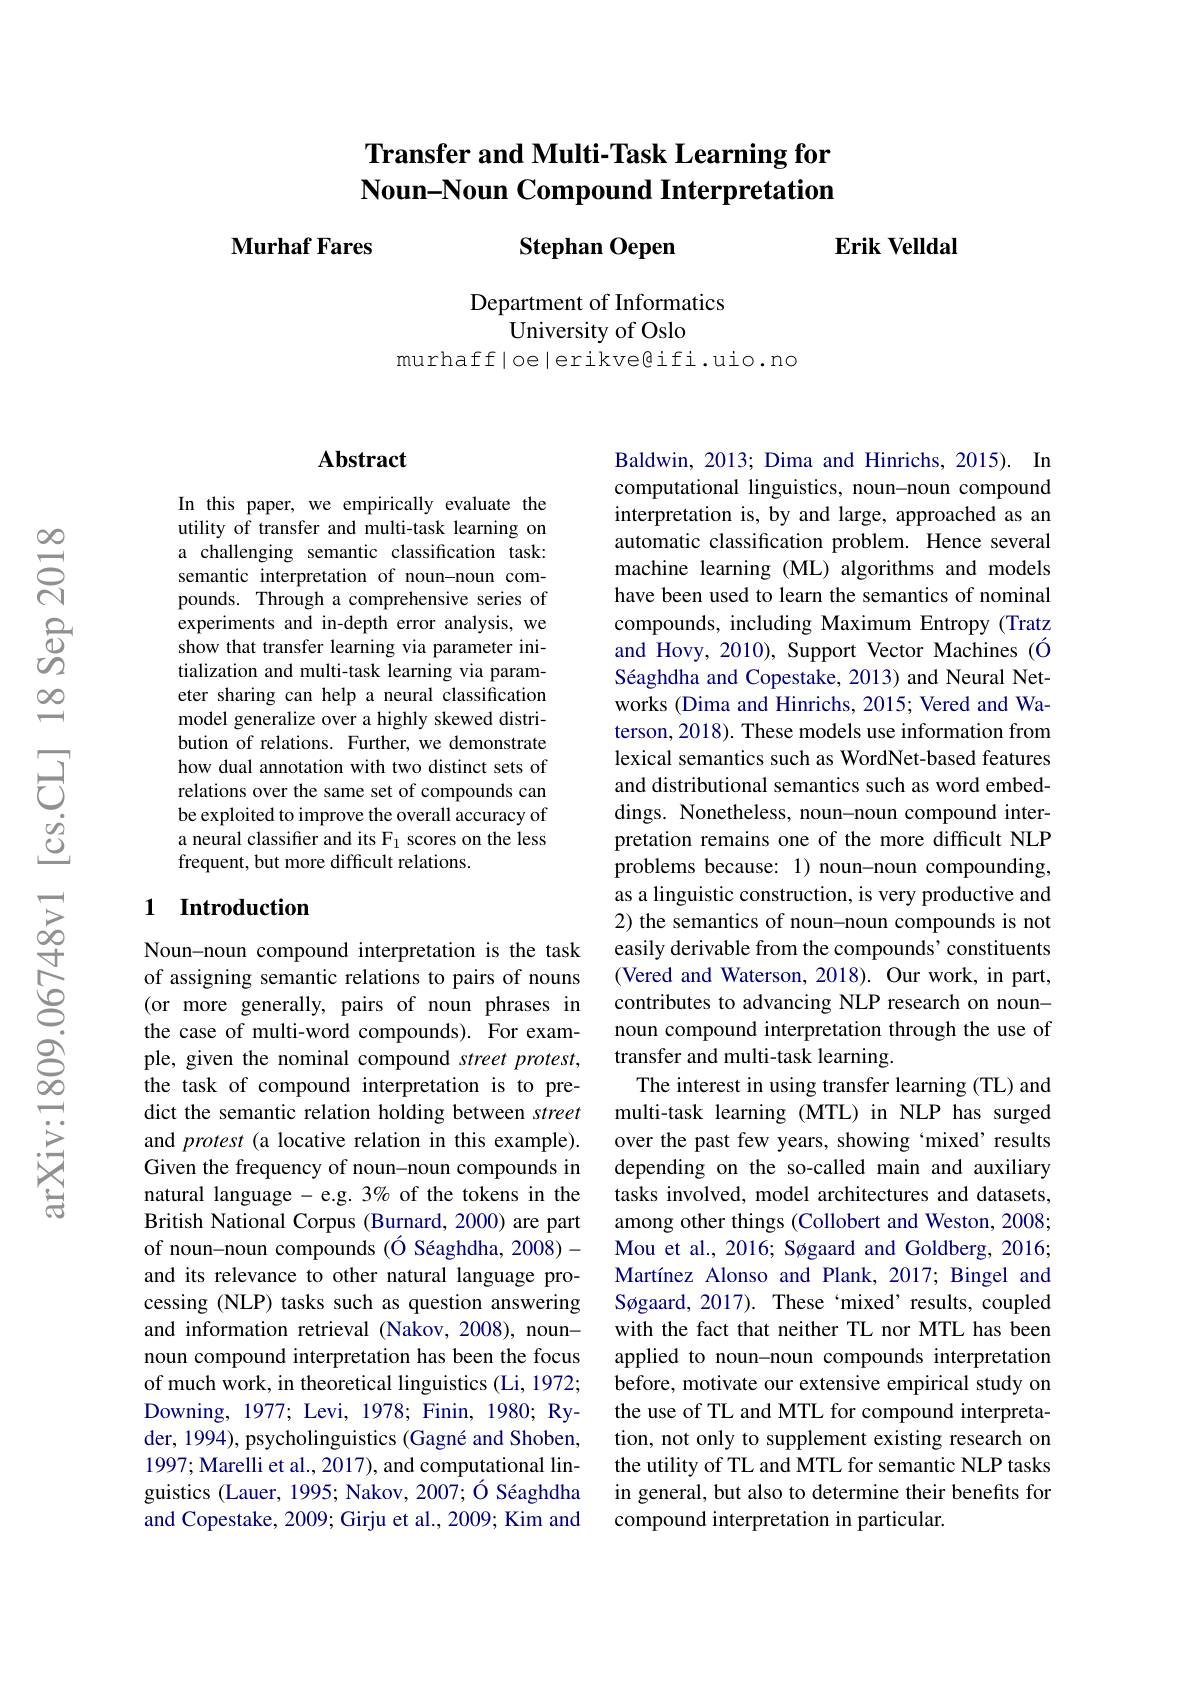
Transfer and Multi-Task Learning for Noun-Noun Compound Interpretation
### $\textbf{Erik Velldal}$ Murhaf Fares Stephan Oepen

Department of Informatics
University of Oslo
murhaff loelerikve@ifi.uio.no

### $\mathbf{Abstract}$

In this paper, we empirically evaluate the utility of transfer and multi-task learning on a challenging semantic classification task: semantic interpretation of noun-noun compounds. Through a comprehensive series of experiments and in-depth error analysis, we show that transfer learning via parameter initialization and multi-task learning via parameter sharing can help a neural classification model generalize over a highly skewed distribution of relations. Further, we demonstrate how dual annotation with two distinct sets of relations over the same set of compounds can be exploited to improve the overall accuracy of a neural classifier and its F$_{1}$ scores on the less frequent, but more difficult relations.

### 1 Introduction

Noun-noun compound interpretation is the task of assigning semantic relations to pairs of nouns (or more generally, pairs of noun phrases in the case of multi-word compounds). For example, given the nominal compound street protest, the task of compound interpretation is to predict the semantic relation holding between street and protest (a locative relation in this example). Given the frequency of noun-noun compounds in natural language - e.g. 3% of the tokens in the British National Corpus (Burnard, 2000) are part of noun-noun compounds (Ó Séaghdha, 2008)- and its relevance to other natural language processing (NLP) tasks such as question answering and information retrieval (Nakov, 2008), nounnoun compound interpretation has been the focus of much work, in theoretical linguistics (Li, 1972; Downing, 1977; Levi, 1978; Finin, 1980; Ryder, 1994), psycholinguistics (Gagné and Shoben, 1997; Marelli et al., 2017), and computational linguistics (Lauer, 1995; Nakov, 2007; Ó Séaghdha and Copestake, 2009; Girju et al., 2009; Kim and

Baldwin, 2013; Dima and Hinrichs, 2015). In computational linguistics, noun-noun compound interpretation is, by and large, approached as an automatic classification problem. Hence several machine learning (ML) algorithms and models have been used to learn the semantics of nominal compounds, including Maximum Entropy (Tratz and Hovy, 2010), Support Vector Machines (Ó Séaghdha and Copestake, 2013) and Neural Networks (Dima and Hinrichs, 2015; Vered and Waterson, 2018). These models use information from lexical semantics such as WordNet-based features and distributional semantics such as word embeddings. Nonetheless, noun-noun compound interpretation remains one of the more difficult NLP problems because: 1) noun-noun compounding, as a linguistic construction, is very productive and 2) the semantics of noun-noun compounds is not easily derivable from the compounds' constituents (Vered and Waterson, 2018). Our work, in part, contributes to advancing NLP research on nounnoun compound interpretation through the use of transfer and multi-task learning.
The interest in using transfer learning (TL) and multi-task learning (MTL) in NLP has surged over the past few years, showing ‘mixed’results depending on the so-called main and auxiliary tasks involved, model architectures and datasets, among other things (Collobert and Weston, 2008; Mou et al., 2016; Søgaard and Goldberg, 2016; Martínez Alonso and Plank, 2017; Bingel and Søgaard, 2017). These‘mixed’results, coupled with the fact that neither TL nor MTL has been applied to noun-noun compounds interpretation before, motivate our extensive empirical study on the use of TL and MTL for compound interpretation, not only to supplement existing research on the utility of TL and MTL for semantic NLP tasks in general, but also to determine their benefits for compound interpretation in particular.